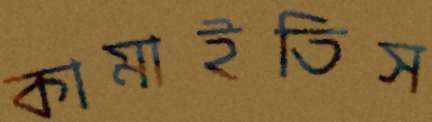
কামাইতিস